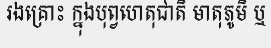
រងគ្រោះ ក្នុងបុព្វហេតុជាតិ មាតុភូមិ ឬ